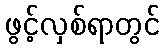
ဖွင့်လှစ်ရာတွင်